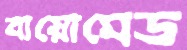
বায়োমেড